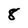
Character: 8